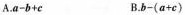
A.$$a-b+c$$ B.$$b-(a+c)$$